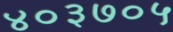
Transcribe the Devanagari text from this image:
४०३७०५